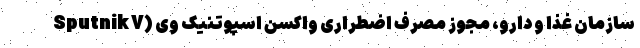
سازمان غذا و دارو، مجوز مصرف اضطراری واکسن اسپوتنیک وی (Sputnik V